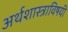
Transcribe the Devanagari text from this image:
अर्थशास्त्राविषयी